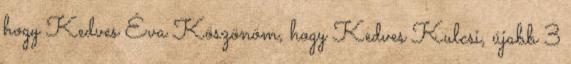
hogy Kedves Éva Köszönöm, hogy Kedves Kulcsi, újabb 3